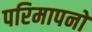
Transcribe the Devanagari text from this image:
परिमापनों